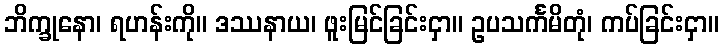
ဘိက္ခုနော၊ ရဟန်းကို။ ဒဿနာယ၊ ဖူးမြင်ခြင်းငှာ။ ဥပသင်္ကမိတုံ၊ ကပ်ခြင်းငှာ။